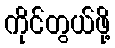
ကိုင်တွယ်ဖို့